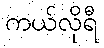
ကယ်လိုရီ